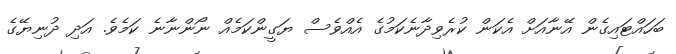
ބަހައްޓައިގެން އޭނާއަށް އެކަން ކުރެވިދާނެކަމުގެ އެއްވެސް ޔަގީންކަމެއް ނޯންނާނެ ކަމެވެ. އަދި ދުނިޔޭގެ